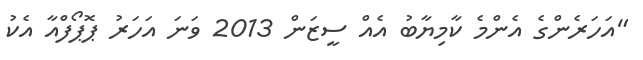
"އަހަރެންގެ އެންމެ ކާމިޔާބު އެއް ސީޒަން 2013 ވަނަ އަހަރު ޕޮޕޯފްްއާ އެކު